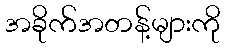
အခိုက်အတန့်များကို